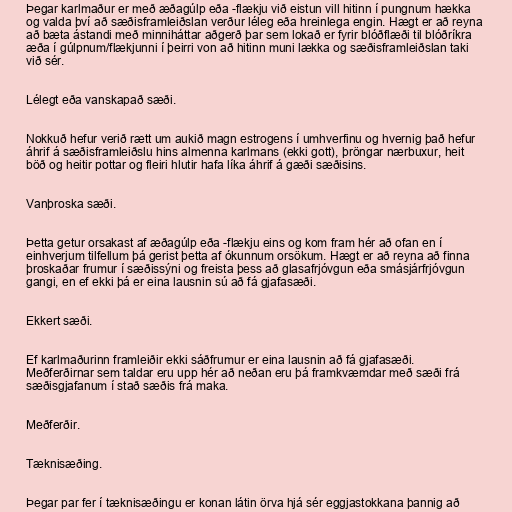
Þegar karlmaður er með æðagúlp eða -flækju við eistun vill hitinn í pungnum hækka
og valda því að sæðisframleiðslan verður léleg eða hreinlega engin. Hægt er að reyna
að bæta ástandi með minniháttar aðgerð þar sem lokað er fyrir blóðflæði til blóðríkra
æða í gúlpnum/flækjunni í þeirri von að hitinn muni lækka og sæðisframleiðslan taki
við sér.

Lélegt eða vanskapað sæði.

Nokkuð hefur verið rætt um aukið magn estrogens í umhverfinu og hvernig það hefur
áhrif á sæðisframleiðslu hins almenna karlmans (ekki gott), þröngar nærbuxur, heit
böð og heitir pottar og fleiri hlutir hafa líka áhrif á gæði sæðisins.

Vanþroska sæði.

Þetta getur orsakast af æðagúlp eða -flækju eins og kom fram hér að ofan en í
einhverjum tilfellum þá gerist þetta af ókunnum orsökum. Hægt er að reyna að finna
þroskaðar frumur í sæðissýni og freista þess að glasafrjóvgun eða smásjárfrjóvgun
gangi, en ef ekki þá er eina lausnin sú að fá gjafasæði.

Ekkert sæði.

Ef karlmaðurinn framleiðir ekki sáðfrumur er eina lausnin að fá gjafasæði.
Meðferðirnar sem taldar eru upp hér að neðan eru þá framkvæmdar með sæði frá
sæðisgjafanum í stað sæðis frá maka.

Meðferðir.

Tæknisæðing.

Þegar par fer í tæknisæðingu er konan látin örva hjá sér eggjastokkana þannig að